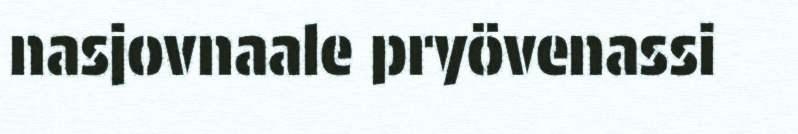
nasjovnaale pryövenassi